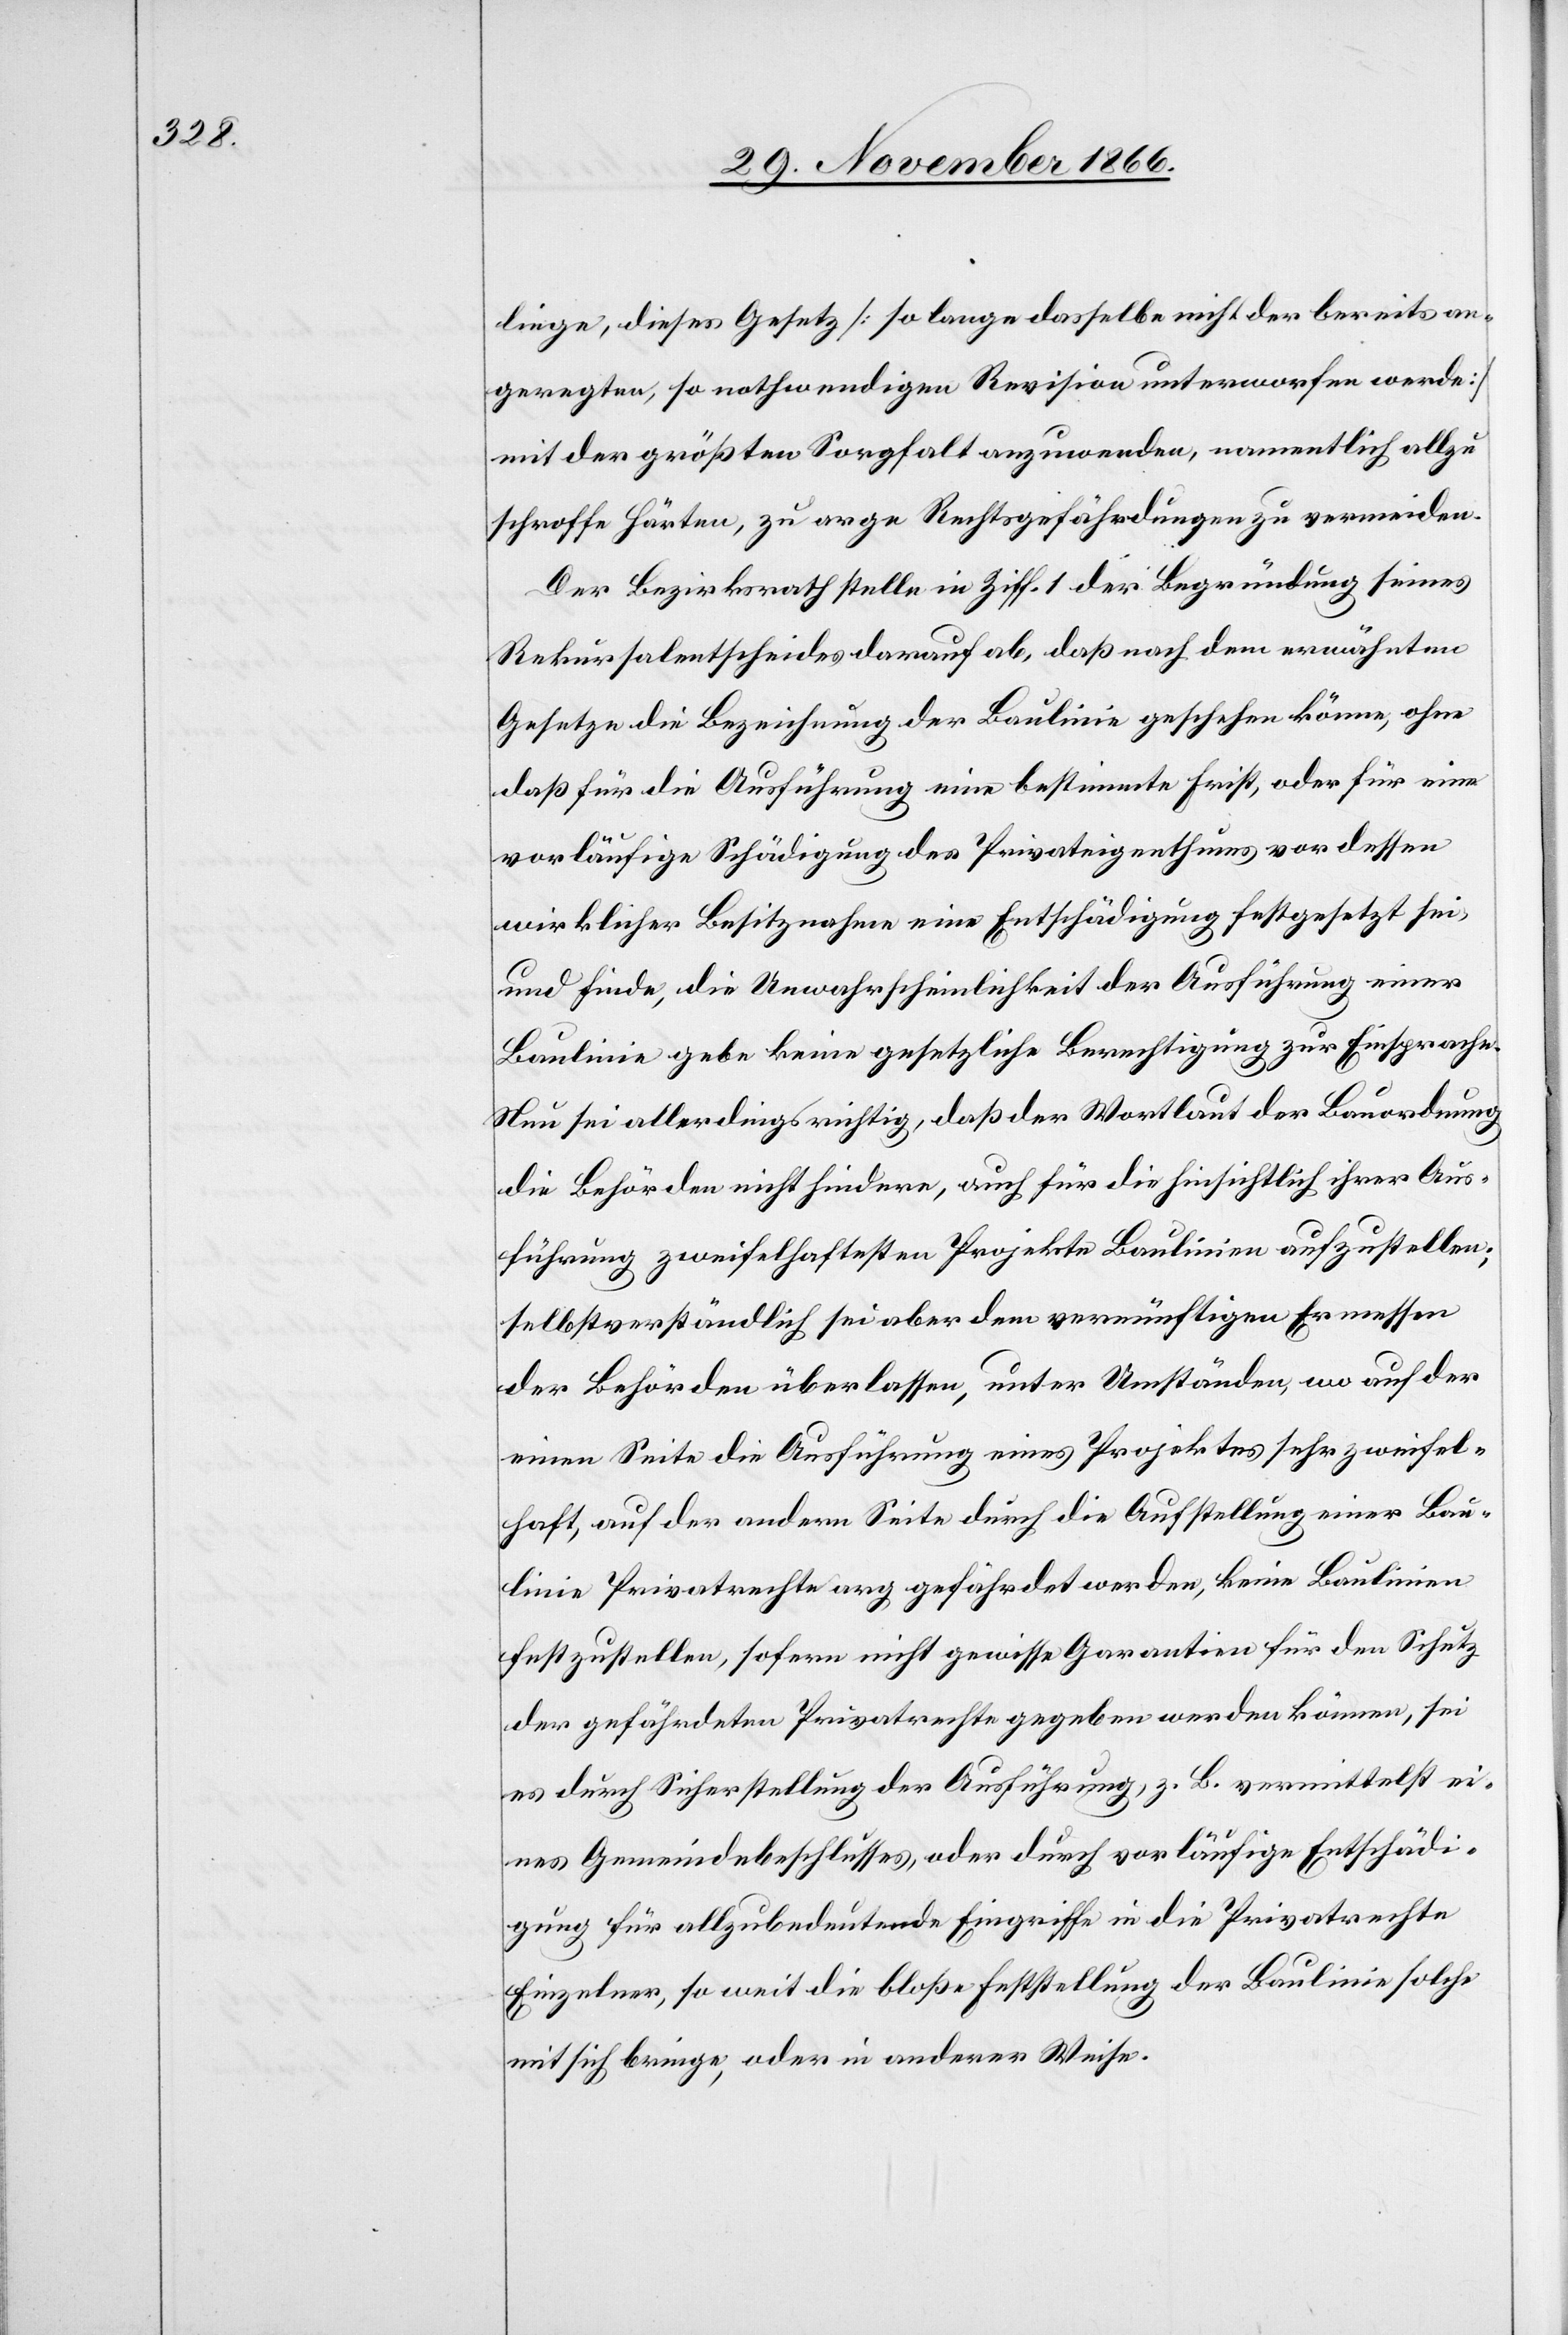
liege, dieses Gesetz [so lange dasselbe nicht der bereits an¬
geregten, so nothwendigen Revision unterworfen werde]
mit der größten Sorgfalt anzuwenden, namentlich allzu
schroffe Härten, zu arge Rechtsgefährdungen zu vermeiden.
Der Bezirksrath stelle in Ziff. 1 der Begründung seines
Rekursalentscheides darauf ab, daß nach dem erwähnten
Gesetze die Bezeichnung der Baulinie geschehen könne, ohne
daß für die Ausführung eine bestimmte Frist, oder für eine
vorläufige Schädigung des Privateigenthums vor dessen
wirklicher Besitznahme eine Entschädigung festgesetzt sei,
und finde, die Unwahrscheinlichkeit der Ausführung einer
Baulinie gebe keine gesetzliche Berechtigung zur Einsprache.
Nun sei allerdings richtig, daß der Wortlaut der Bauordnung
die Behörden nicht hindere, auch für die hinsichtlich ihrer Aus¬
führung zweifelhaftesten Projekte Baulinien aufzustellen;
selbstverständlich sei aber dem vernünftigen Ermessen
der Behörden überlassen, unter Umständen, wo auf der
einen Seite die Ausführung eines Projektes sehr zweifel¬
haft, auf der andern Seite durch die Aufstellung einer Bau¬
linie Privatrechte arg gefährdet werden, keine Baulinien
festzustellen, sofern nicht gewisse Garantien für den Schutz
der gefährdeten Privatrechte gegeben werden können, sei
es durch Sicherstellung der Ausführung, z. B. vermittelst ei¬
nes Gemeindebeschlusses, oder durch vorläufige Entschädi¬
gung für allzubedeutende Eingriffe in die Privatrechte
Einzelner, so weit die bloße Feststellung der Baulinie solche
mit sich bringe, oder in anderer Weise.